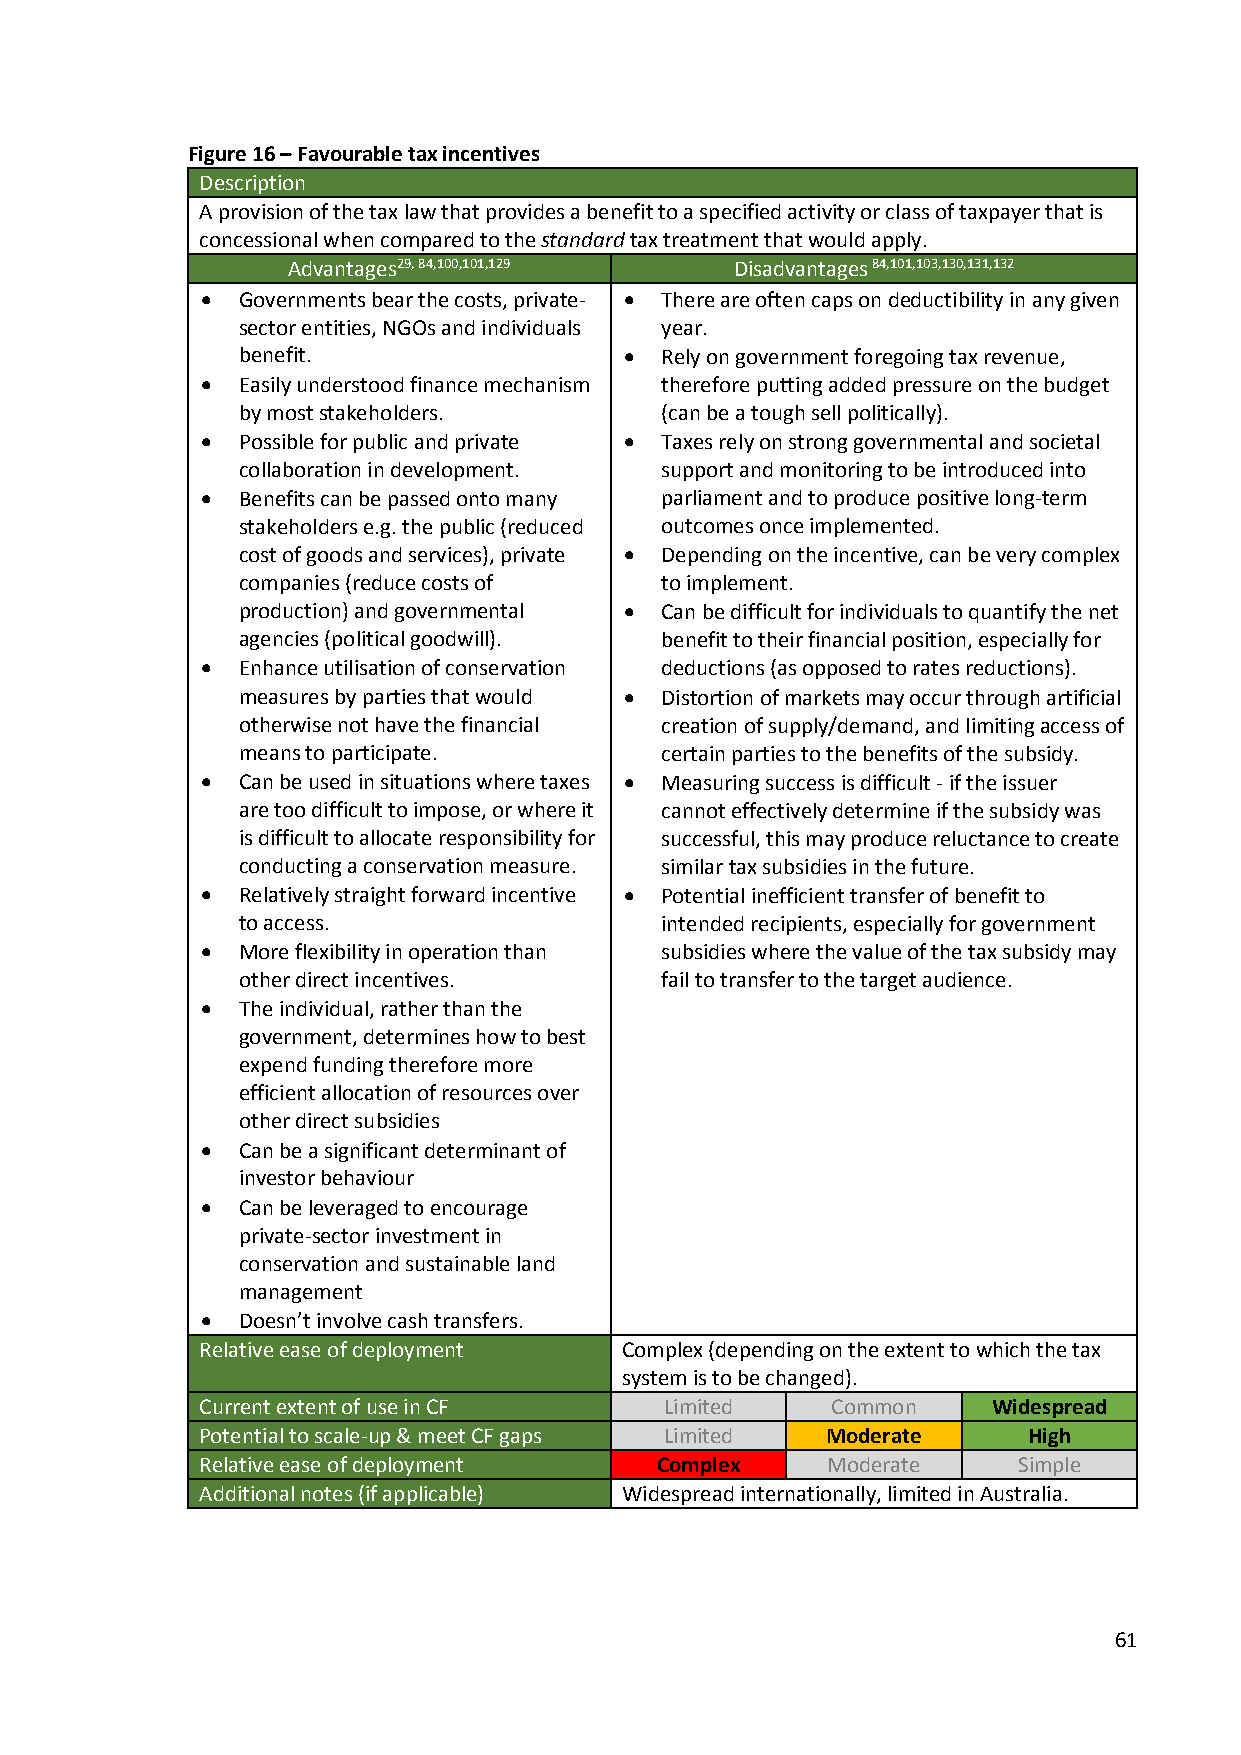
Figure 16 – Favourable tax incentives
 Description
 A provision of the tax law that provides a benefit to a specified activity or class of taxpayer that is
 concessional when compared to the standard tax treatment that would apply.
 Advantages29, 84,100,101,129  Disadvantages 84,101,103,130,131,132
   Governments bear the costs, private-  There are often caps on deductibility in any given
 sector entities, NGOs and individuals year.
 benefit.                   Rely on government foregoing tax revenue,
   Easily understood finance mechanism therefore putting added pressure on the budget
 by most stakeholders.       (can be a tough sell politically).
   Possible for public and private  Taxes rely on strong governmental and societal
 collaboration in development. support and monitoring to be introduced into
   Benefits can be passed onto many parliament and to produce positive long-term
 stakeholders e.g. the public (reduced outcomes once implemented.
 cost of goods and services), private  Depending on the incentive, can be very complex
 companies (reduce costs of  to implement.
 production) and governmental  Can be difficult for individuals to quantify the net
 agencies (political goodwill). benefit to their financial position, especially for
   Enhance utilisation of conservation deductions (as opposed to rates reductions).
 measures by parties that would  Distortion of markets may occur through artificial
 otherwise not have the financial creation of supply/demand, and limiting access of
 means to participate.       certain parties to the benefits of the subsidy.
   Can be used in situations where taxes  Measuring success is difficult - if the issuer
 are too difficult to impose, or where it cannot effectively determine if the subsidy was
 is difficult to allocate responsibility for successful, this may produce reluctance to create
 conducting a conservation measure. similar tax subsidies in the future.
   Relatively straight forward incentive  Potential inefficient transfer of benefit to
 to access.                  intended recipients, especially for government
   More flexibility in operation than subsidies where the value of the tax subsidy may
 other direct incentives.    fail to transfer to the target audience.
   The individual, rather than the
 government, determines how to best
 expend funding therefore more
 efficient allocation of resources over
 other direct subsidies
   Can be a significant determinant of
 investor behaviour
   Can be leveraged to encourage
 private-sector investment in
 conservation and sustainable land
 management
   Doesn’t involve cash transfers.
 Relative ease of deployment Complex (depending on the extent to which the tax
 system is to be changed).
 Current extent of use in CF    Limited    Common     Widespread
 Potential to scale-up & meet CF gaps Limited Moderate  High
 Relative ease of deployment   Complex     Moderate    Simple
 Additional notes (if applicable) Widespread internationally, limited in Australia.
 61